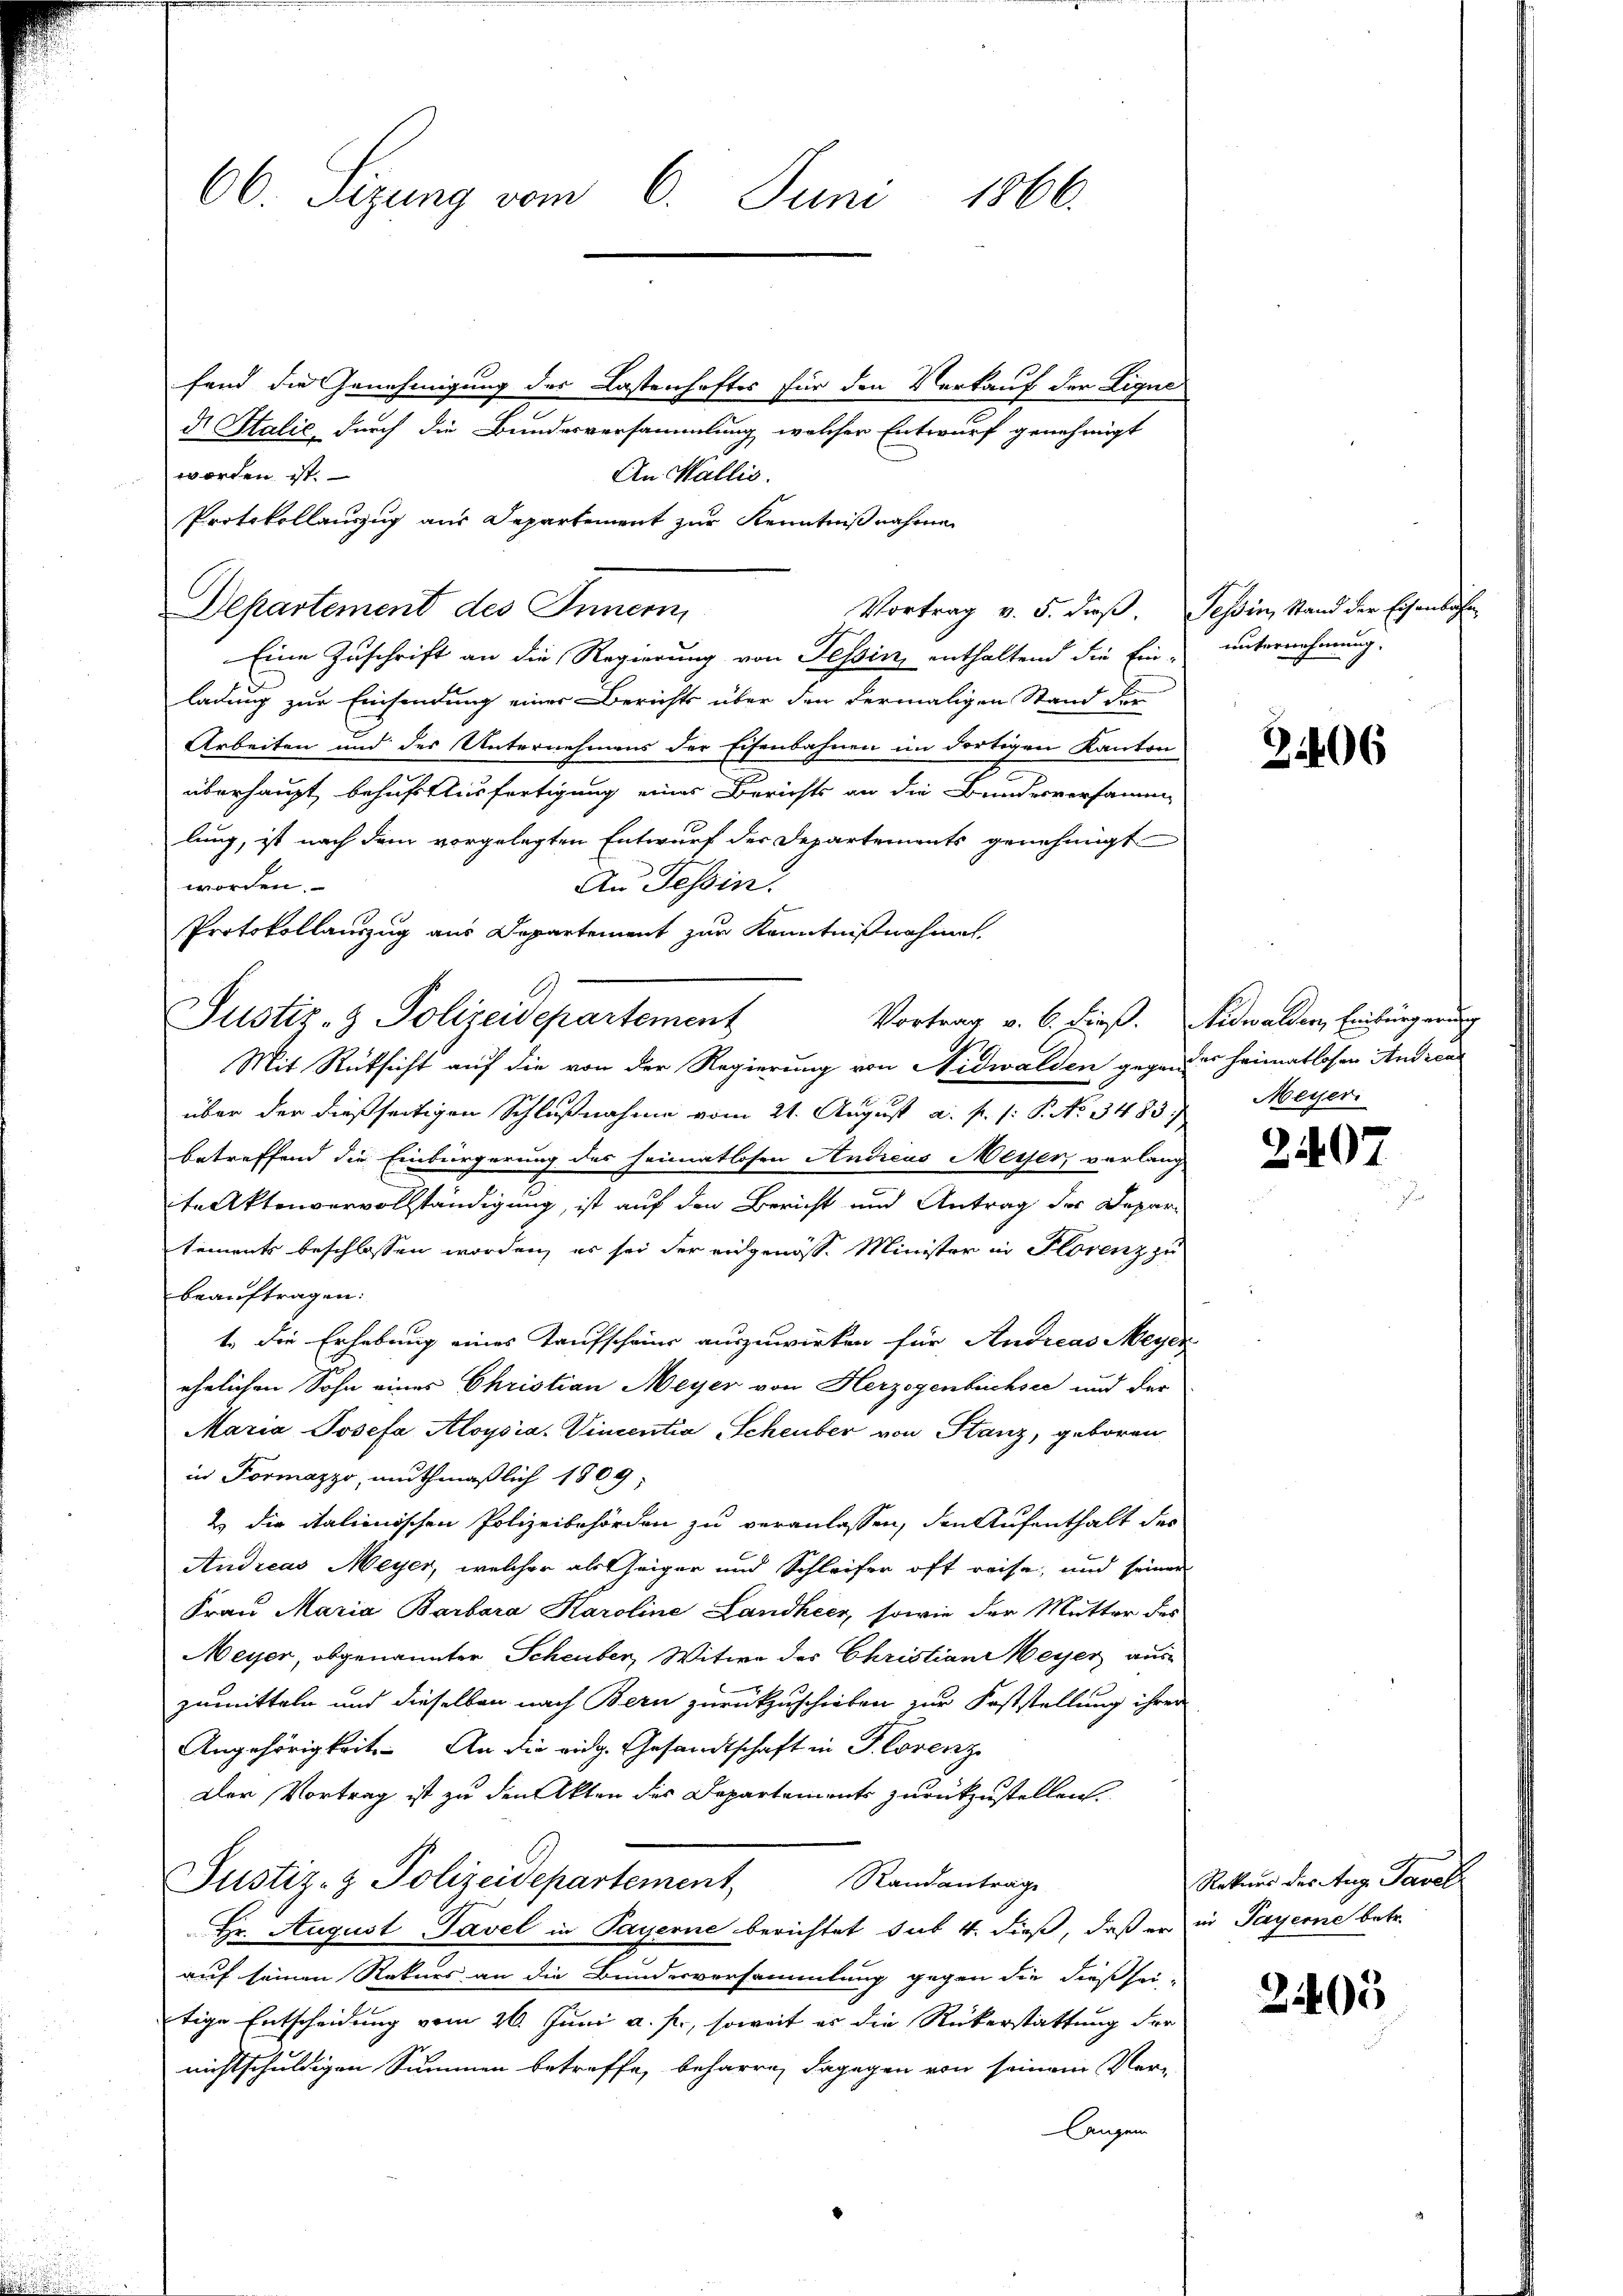
60. Sizung vom 6. Juni 1866.

fand die Genehmigung des Lastenhaftes für den Verkauf der Eigned Italie, durch die Bundesversammlung welcher Entwurf genehmigt
worden ist.
An Wallis.
Protokollauszug aus Departement zur Kenntnißnahme
Departement des Innern,
Eine Zuschrift an die Regierung von Tessin, enthaltend die Ein-
ladung zur Einsendung einer Berichts über den dermaligen Stand der
Arbeiten und des Unternehmens der Eisenbahnen im dortigen Kanton
überhaupt behuf Ausfertigung eines Berichts an die Bundesversamm
lung, ist nach dem vorgelegten Entwurf der Departements genehmigt
worden.
An Tessin
Protokollauszug aus Departement zur Kenntnißnahmen.
Justiz- & Polizeidepartement
Vortrag v. 6. dieß. Nidwalden, Einbürgerung
Mit Rüksicht auf die von der Regierung von Nidwalden gegen des Heimatlosen Andreas
über der dießseitigen Schlußnahme vom 21. August a. p. /: P. No. 3483.
betreffend die Einbürgerung des Heimatlosen Andreas Messer, verlang
teAktenvervollständigung, ist auf den Bericht und Antrag der Departements beschlossen worden, es sei der eidgenöss. Minister in Florenz zu
beauftragen:
1. Die Erhebung eines Kaufscheine auszuwirken für Andreas Meyer
ehrlichen Sohn eines Christian Meyer von Herzogenbüchsee und der
Maria Josefa Aloysia- Vincentia Scheuber von Stanz, geboren
in Formazzo, muthmaßlich 1809:
2 die italienischen Polizeibehörden zu veranlassen, den Aufenthalt des
Andreas Meyer, welcher als Geiger und Schleifer oft reise, und seiner
Frau Maria Barbara Karoline Landheer, sowie der Mutter des
Meyer, obgenannter Scheuber, Witwe der Christian Weyer aus
zumitteln und dieselben nach Bern zurückzuschieben zur Feststellung ihren
Angehörigkeit. An die eidg. Gesandtschaft in Florenz
Der Vortrag ist zu den Akten des Departaments zurückzustellen.
Justiz- & Polizeidepartement,
Randanträge
Hr. August Pavel in Payerne berichtet sub 4. dieß, daß er in Payerne betr.
auf seinen Rekurs an die Bundesversammlung gegen die dießsei-
tige Entscheidung vom 26. Juni a. p., soweit er die Rükerstattung der
nichtschuldigen Summen betreffe, beharre, dagegen von seinem Ver-
langen

Vortrag v. 5. dieß. Tessin, Stand der Eisenbahn
unternehmung.

21406

Meyer.

2407.

Rekurs des Aug. Tavel

2405